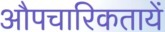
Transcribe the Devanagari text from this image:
औपचारिकतायें